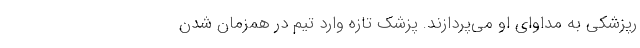
رپزشکی به مداوای او می‌پردازند. پزشک تازه وارد تیم در همزمان شدن